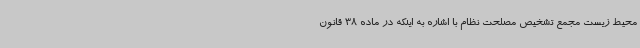
محیط زیست مجمع تشخیص مصلحت نظام با اشاره به اینکه در ماده 38 قانون